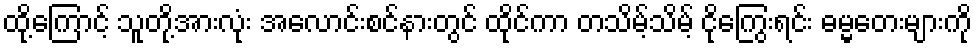
ထို့ကြောင့် သူတို့အားလုံး အလောင်းစင်နားတွင် ထိုင်ကာ တသိမ့်သိမ့် ငိုကြွေးရင်း ဓမ္မတေးများကို